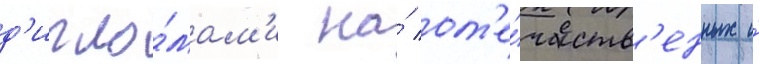
д'ипло́мам'и на́ от'е́честв'енных и́